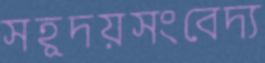
সহূদয়সংবেদ্য